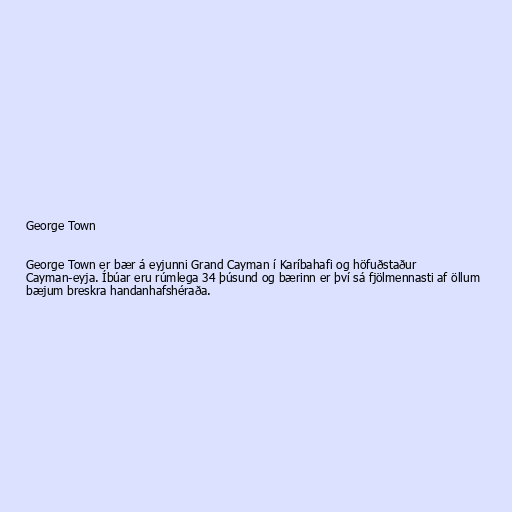
George Town

George Town er bær á eyjunni Grand Cayman í Karíbahafi og höfuðstaður
Cayman-eyja. Íbúar eru rúmlega 34 þúsund og bærinn er því sá fjölmennasti af öllum
bæjum breskra handanhafshéraða.